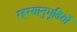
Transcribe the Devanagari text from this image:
रहस्यानुभूतियों